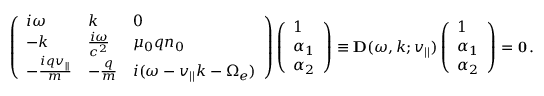
\left( \begin{array} { l l l } { i \omega } & { k } & { 0 } \\ { - k } & { \frac { i \omega } { c ^ { 2 } } } & { \mu _ { 0 } q n _ { 0 } } \\ { - \frac { i q v _ { | | } } { m } } & { - \frac { q } { m } } & { i ( \omega - v _ { | | } k - \Omega _ { e } ) } \end{array} \right) \left( \begin{array} { l } { 1 } \\ { \alpha _ { 1 } } \\ { \alpha _ { 2 } } \end{array} \right) \equiv { \bf D } ( \omega , k ; v _ { | | } ) \left( \begin{array} { l } { 1 } \\ { \alpha _ { 1 } } \\ { \alpha _ { 2 } } \end{array} \right) = { \bf 0 } \, .